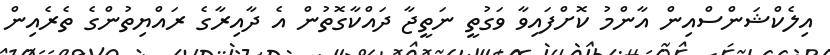
އިލެކްޝަންސްއިން އާންމު ކޮށްފައިވާ ވަގުތީ ނަތީޖާ ދައްކާގޮތުން އެ ދާއިރާގެ ރައްޔިތުންގެ ތެރެއިން